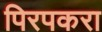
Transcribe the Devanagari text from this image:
पिरपकरा